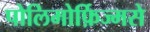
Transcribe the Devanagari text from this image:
पोलिमोर्फ़िज्मसे